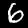
Label: 6